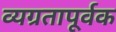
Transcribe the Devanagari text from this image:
व्यग्रतापूर्वक